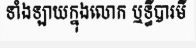
ទាំងឡាយក្នុងលោក ឬទ្ធីបារមី